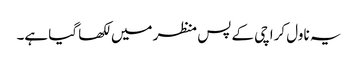
یہ ناول کراچی کے پس منظر میں لکھا گیا ہے۔